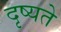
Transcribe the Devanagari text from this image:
दृष्यते